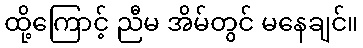
ထို့ကြောင့် ညီမ အိမ်တွင် မနေချင်။